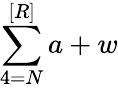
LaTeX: \sum\limits_{4=N}^{[R]}a+w